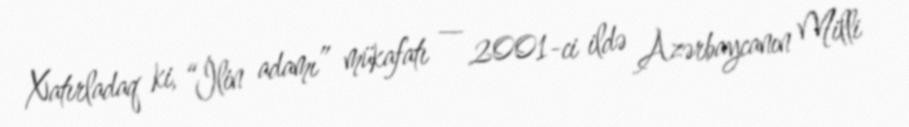
Xatırladaq ki, “İlin adamı” mükafatı — 2001-ci ildə Azərbaycanın Milli